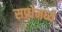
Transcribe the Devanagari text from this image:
सप्र्धेमध्ये